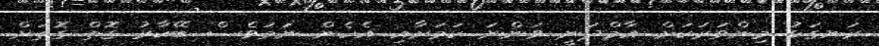
ރަނގަޅު މިންވަރަކަށް އާމްދަނީ ވަންނަ ކަމަށާއި އެހެން ނަމަވެސް ބޭކާރު ގޮތް ގޮތަށް